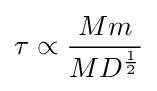
\tau \propto {\frac {Mm}{MD^{\frac {1}{2}}}}